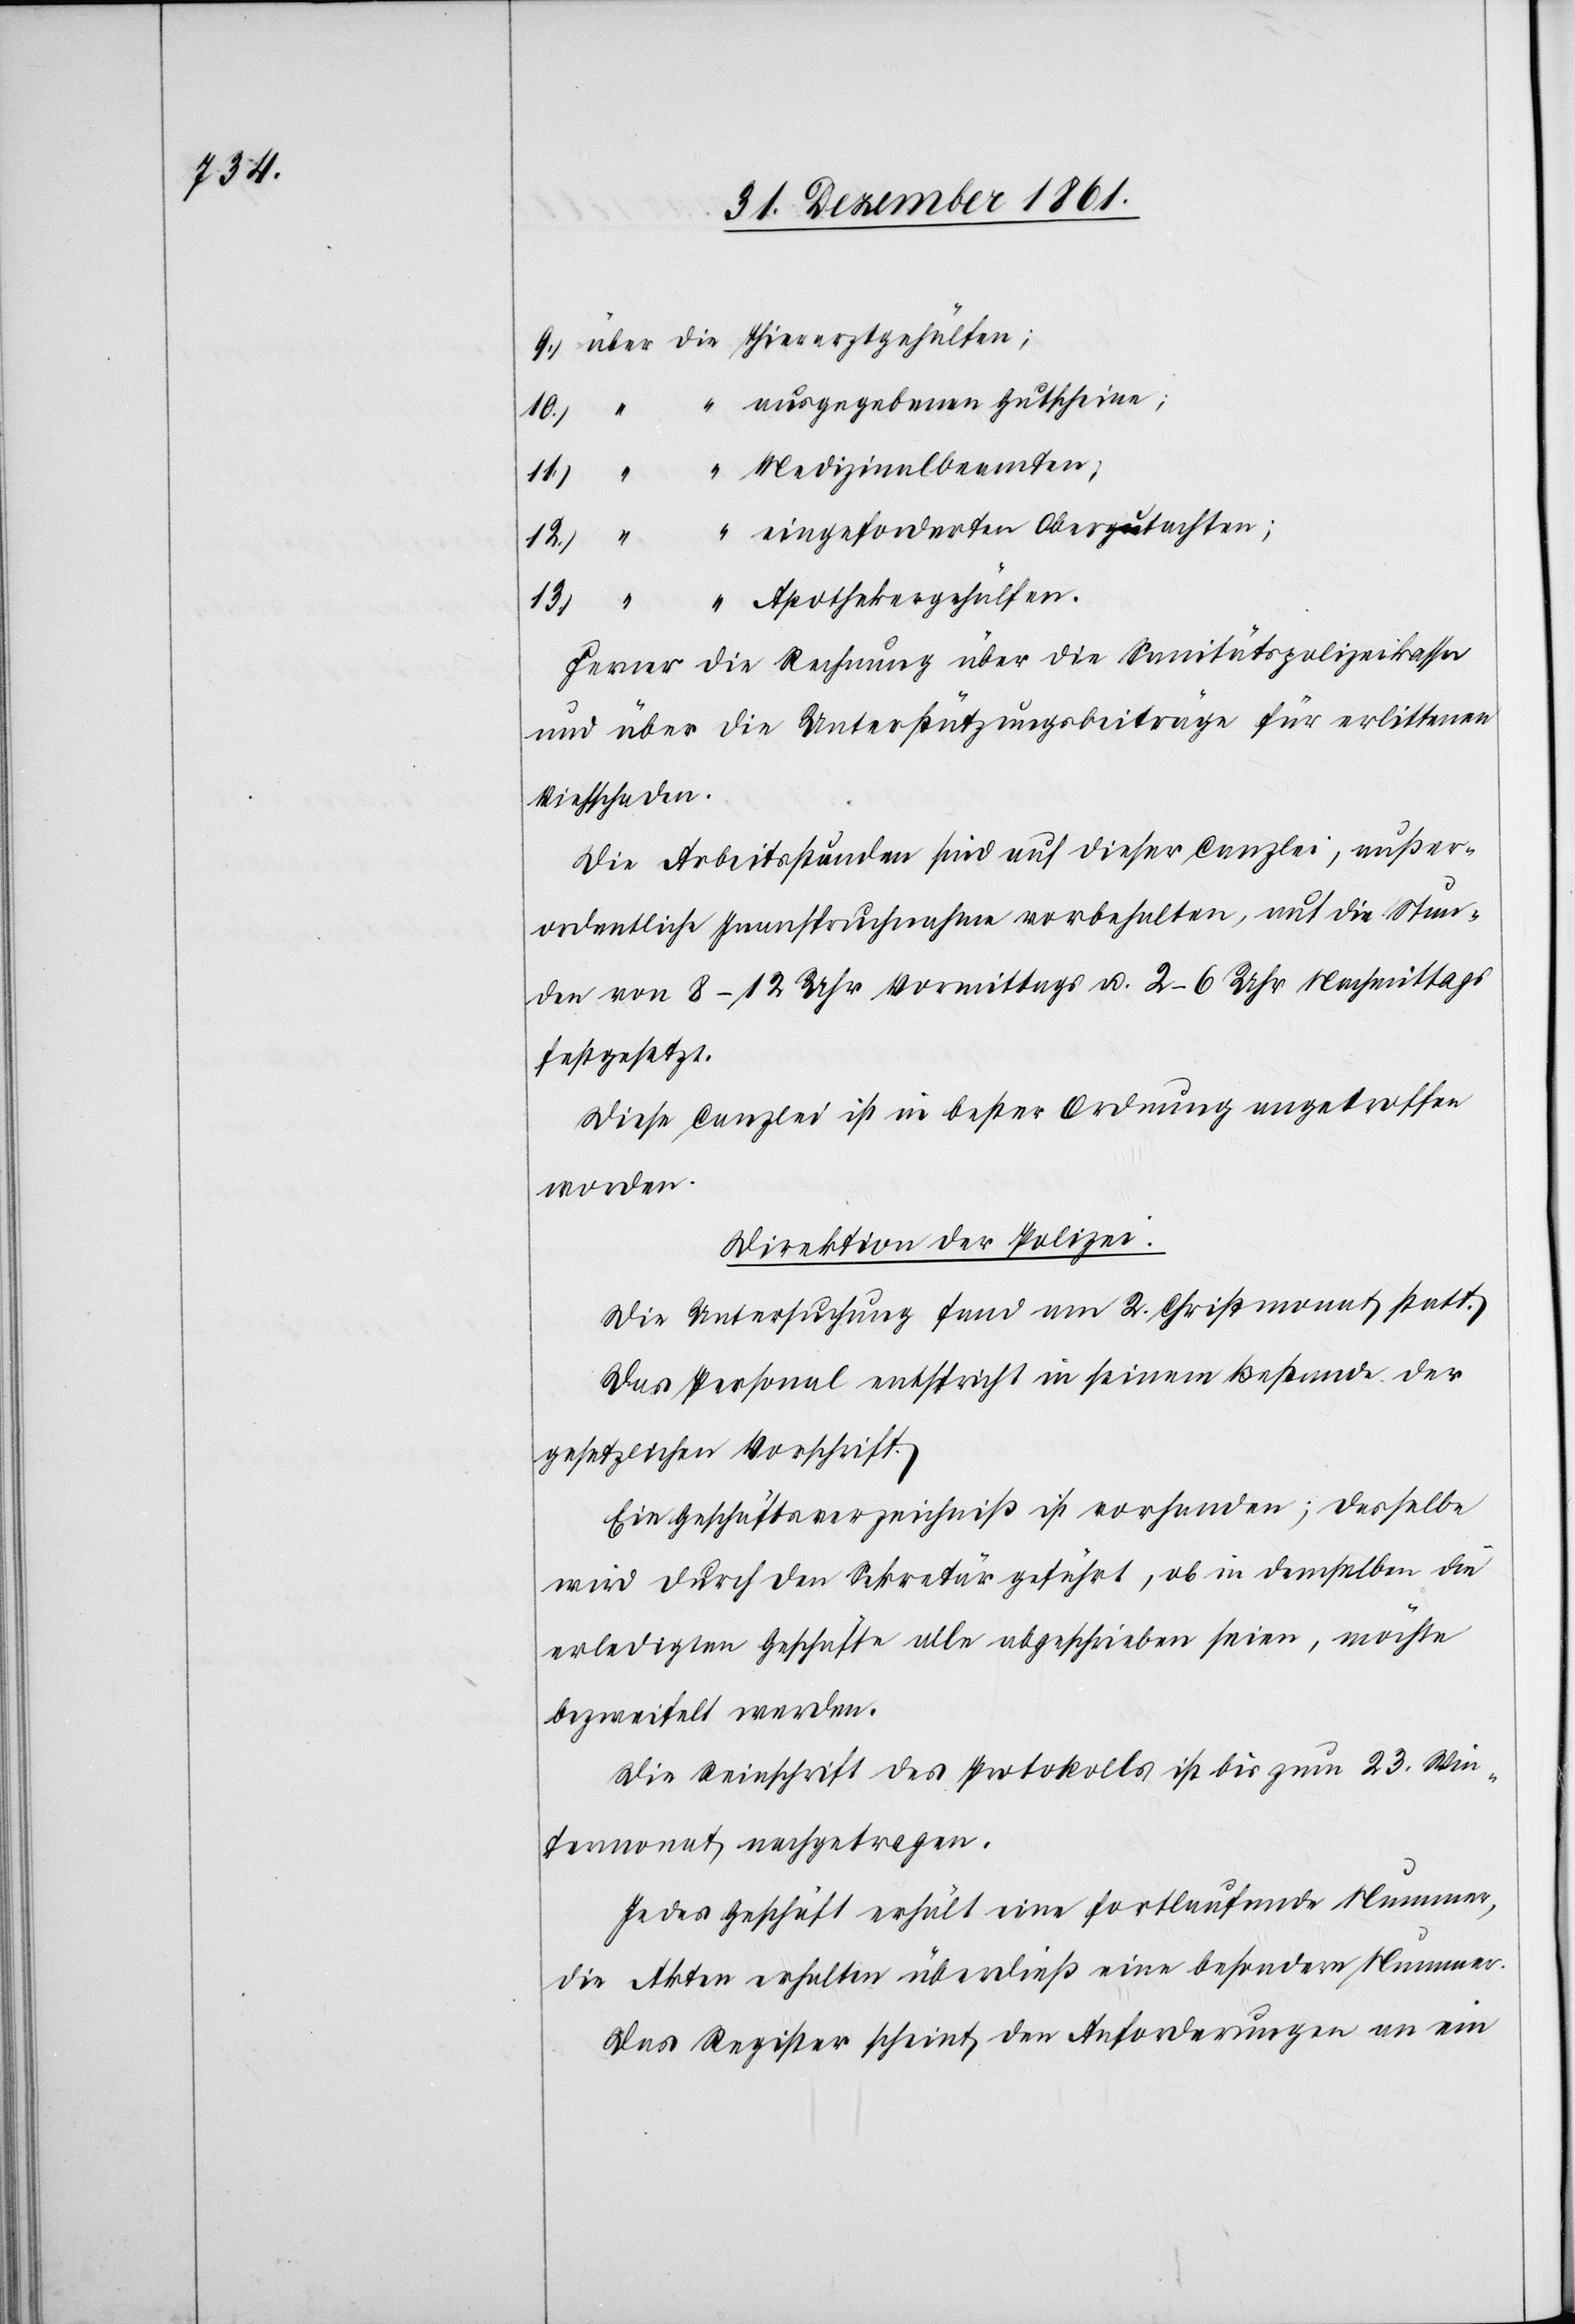
9.) über die Thierarztgehülfen;
“	 “ ausgegebenen Gutscheine;
10.)
11.) “	 “ Medizinalbeamten;
12.) “	 “ eingeforderten Obergutachten;
13.) “	 “ Apothekergehülfen.
Ferner die Rechnung über die Sanitätspolizeikasse
und über die Unterstützungsbeiträge für erlittenen
Viehschaden.
Die Arbeitsstunden sind auf dieser Canzlei, außer¬
ordentliche Inanspruchnahme vorbehalten, auf die Stun¬
den von 8–12 Uhr Vormittags u. 2–6 Uhr Nachmittags
festgesetzt.
Diese Canzlei ist in bester Ordnung angetroffen
worden.
Direktion der Polizei.
Die Untersuchung fand am 2 Christmonat statt.
Das Personal entspricht in seinem Bestande der
gesetzlichen Vorschrift.
Ein Geschäftsverzeichniß ist vorhanden; dasselbe
wird durch den Sekretär geführt, ob in demselben die
erledigten Geschäfte alle abgeschrieben seien, möchte
bezweifelt werden.
Die Reinschrift des Protokolls ist bis zum 23 Win¬
termonat nachgetragen.
Jedes Geschäft erhält eine fortlaufende Nummer,
die Akten erhalten überdieß eine besondere Nummer.
Das Register scheint den Anforderungen an ein